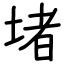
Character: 堵